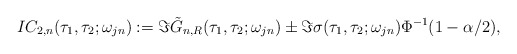
\begin{align*} IC_{2,n}(\tau_1, \tau_2;\omega_{jn}):= \Im\tilde G_{n,R}(\tau_1, \tau _2;\omega_{jn}) \pm\Im\sigma(\tau_1, \tau_2; \omega_{jn}) \Phi^{-1}(1-\alpha/2),\end{align*}